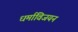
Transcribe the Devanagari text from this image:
धर्माविजयन